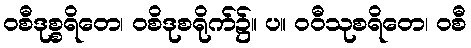
ဝစီဒုစ္စရိတေ၊ ဝစိဒုစရိုက်၌။ ပ။ ဝဝီသုစရိတေ၊ ဝစီ